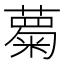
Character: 𮑦